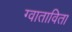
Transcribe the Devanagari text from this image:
ग्वाताविता